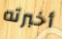
أخبرته